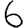
Digit: 6